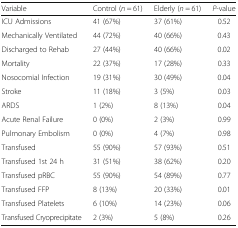
| Variable | Control (n = 61) | Elderly (n = 61) | P-value |
 | --- | --- | --- | --- |
 | ICU Admissions | 41 (67%) | 37 (61%) | 0.52 |
 | Mechanically Ventilated | 44 (72%) | 40 (66%) | 0.43 |
 | Discharged to Rehab | 27 (44%) | 40 (66%) | 0.02 |
 | Mortality | 22 (37%) | 17 (28%) | 0.33 |
 | Nosocomial Infection | 19 (31%) | 30 (49%) | 0.04 |
 | Stroke | 11 (18%) | 3 (5%) | 0.03 |
 | ARDS | 1 (2%) | 8 (13%) | 0.04 |
 | Acute Renal Failure | 0 (0%) | 2 (3%) | 0.99 |
 | Pulmonary Embolism | 0 (0%) | 4 (7%) | 0.98 |
 | Transfused | 55 (90%) | 57 (93%) | 0.51 |
 | Transfused 1st 24 h | 31 (51%) | 38 (62%) | 0.20 |
 | Transfused pRBC | 55 (90%) | 54 (89%) | 0.77 |
 | Transfused FFP | 8 (13%) | 20 (33%) | 0.01 |
 | Transfused Platelets | 6 (10%) | 14 (23%) | 0.06 |
 | Transfused Cryoprecipitate | 2 (3%) | 5 (8%) | 0.26 |